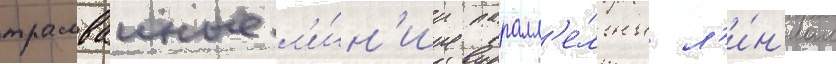
трамваиные л'и́н'ии паралл'е́льны л'и́н'иам